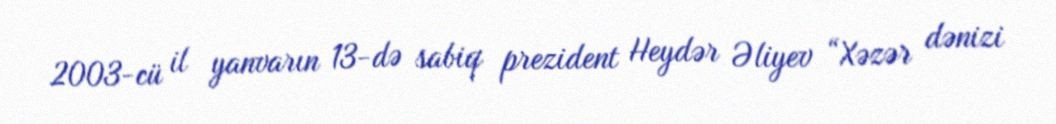
2003-cü il yanvarın 13-də sabiq prezident Heydər Əliyev “Xəzər dənizi